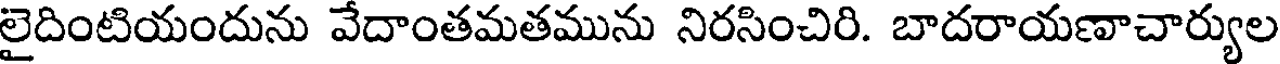
లైదింటియందును వేదాంతమతమును నిరసించిరి. బాదరాయణాచార్యుల